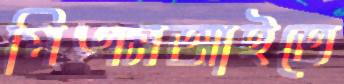
পিএসআইতে